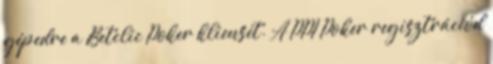
gépedre a Betclic Poker kliensét. A PPI Poker regisztrációd